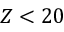
Z < 2 0